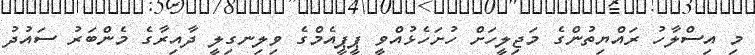
މި އިސްލާހު ރައްޔިތުންގެ މަޖިލީހަށް ހުށަހެޅުއްވީ ޕީޕީއެމްގެ ވިލިނގިލީ ދާއިރާގެ މެންބަރު ސައުދު